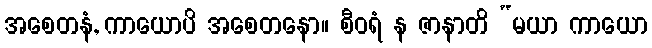
အစေတနံ, ကာယောပိ အစေတနော။ စီဝရံ န ဇာနာတိ “မယာ ကာယော